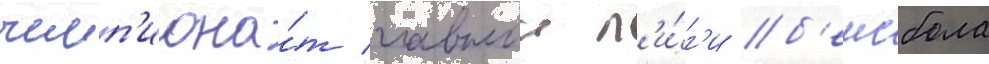
чемп'иона́т главнои л'и́г'и б'еисбола